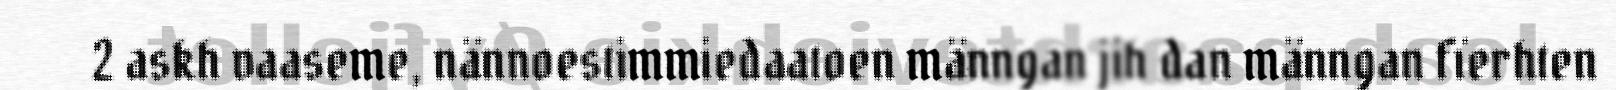
2 askh vaaseme, nännoestimmiedaatoen männgan jih dan männgan fïerhten